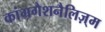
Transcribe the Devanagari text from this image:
कांग्रगैशनैलिज़्म